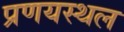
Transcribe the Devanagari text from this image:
प्रणयस्थल